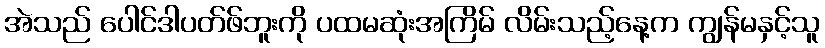
အဲသည် ပေါင်ဒါပတ်ဖ်ဘူးကို ပထမဆုံးအကြိမ် လိမ်းသည့်နေ့က ကျွန်မနှင့်သူ